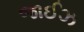
જાઈઝ